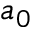
a _ { 0 }